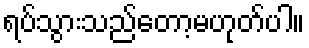
ရပ်သွားသည်တော့မဟုတ်ပါ။